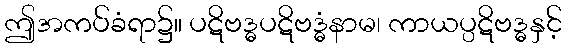
ဤအကပ်ခံရာ၌။ ပဋိဗဒ္ဓပဋိဗဒ္ဓံနာမ၊ ကာယပ္ပဋိဗဒ္ဓနှင့်